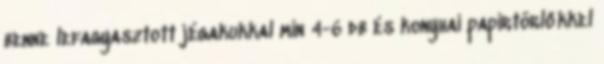
benne lefagyasztott jégakukkal min 4-6 db és konyhai papírtörlőkkel